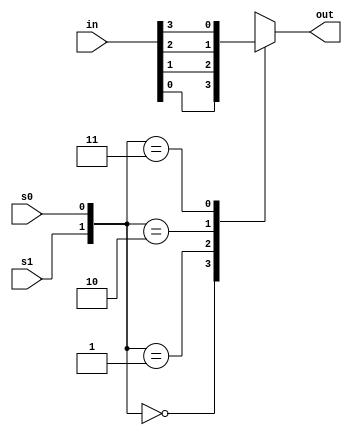
/*
   This file was generated automatically by Alchitry Labs version 1.2.7.
   Do not edit this file directly. Instead edit the original Lucid source.
   This is a temporary file and any changes made to it will be destroyed.
*/

module mux_4_16 (
    input s0,
    input s1,
    input [3:0] in,
    output reg out
  );
  
  
  
  always @* begin
    
    case ({s1, s0})
      2'h0: begin
        out = in[0+0-:1];
      end
      2'h1: begin
        out = in[1+0-:1];
      end
      2'h2: begin
        out = in[2+0-:1];
      end
      2'h3: begin
        out = in[3+0-:1];
      end
      default: begin
        out = 1'h0;
      end
    endcase
  end
endmodule